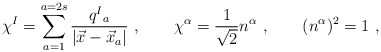
\begin{align*}\chi^I = \sum_{a=1}^{a=2s} \frac{q ^I{}_a }{|\vec x- \vec x_a|} \ , \qquad\chi^\alpha = {1\over \sqrt 2} n^\alpha \ , \qquad (n^\alpha)^2 =1 \ ,\end{align*}